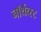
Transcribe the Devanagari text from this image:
नॉर्थेव्स्ट